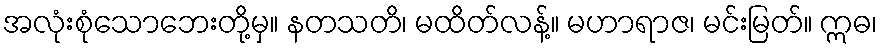
အလုံးစုံသောဘေးတို့မှ။ နတသတိ၊ မထိတ်လန့်။ မဟာရာဇ၊ မင်းမြတ်။ ဣဓ၊